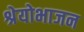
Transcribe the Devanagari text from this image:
श्रेयोभाजन